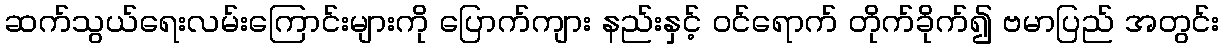
ဆက်သွယ်ရေးလမ်းကြောင်းများကို ပြောက်ကျား နည်းနှင့် ဝင်ရောက် တိုက်ခိုက်၍ ဗမာပြည် အတွင်း